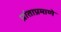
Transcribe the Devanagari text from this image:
प्रांताप्रमाणे